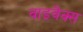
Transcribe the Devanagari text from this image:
वाइवैक्स